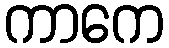
ကာကေ